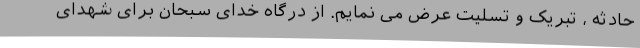
حادثه ، تبریک و تسلیت عرض می نمایم. از درگاه خدای سبحان برای شهدای